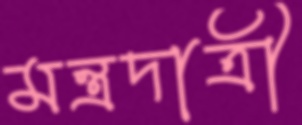
মন্ত্রদাত্রী